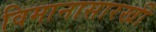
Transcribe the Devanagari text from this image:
विमानासारखी